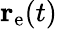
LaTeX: \mathbf{r}_{\mathrm{e}}(t)